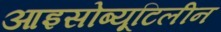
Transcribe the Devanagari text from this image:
आइसोब्यूटिलीन